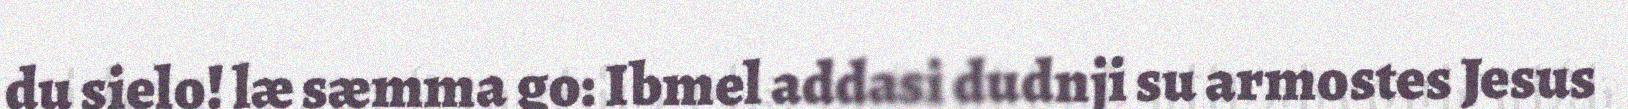
du sielo! læ sæmma go: Ibmel addasi dudnji su armostes Jesus